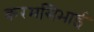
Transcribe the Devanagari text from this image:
करमसिभाई